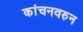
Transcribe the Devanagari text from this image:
कांचनवरुन